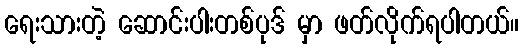
ရေးသားတဲ့ ဆောင်းပါးတစ်ပုဒ် မှာ ဖတ်လိုက်ရပါတယ်။